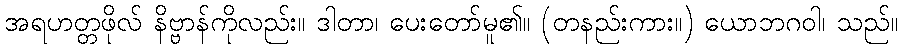
အရဟတ္တဖိုလ် နိဗ္ဗာန်ကိုလည်း။ ဒါတာ၊ ပေးတော်မူ၏။ (တနည်းကား။) ယောဘဂဝါ၊ သည်။